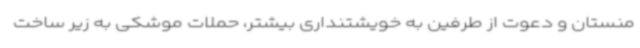
منستان و دعوت از طرفین به خویشتنداری بیشتر، حملات موشکی به زیر ساخت